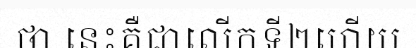
ថា នេះគឺជាលើកទី២ហើយ